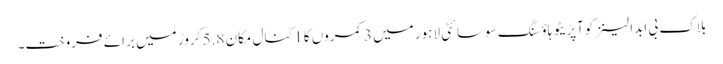
بلاک بی ابدالینزکوآپریٹو ہاؤسنگ سوسائٹی لاہور میں 3 کمروں کا 1 کنال مکان 5.8 کروڑ میں برائے فروخت۔